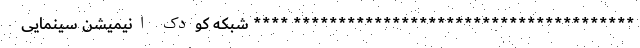
************************************** **** شبکه کودک انیمیشن سینمایی